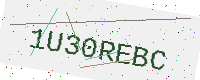
Text: 1U30REBC